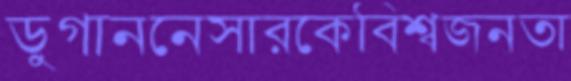
ডুগাননেসারকেবিশ্বজনতা